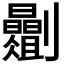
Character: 𫦡